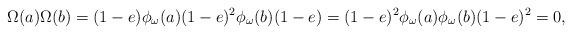
LaTeX: \begin{align*}\Omega(a)\Omega(b) = (1-e)\phi_\omega(a)(1-e)^2 \phi_\omega(b) (1-e) = (1-e)^2\phi_\omega(a)\phi_\omega(b)(1-e)^2 = 0,\end{align*}